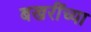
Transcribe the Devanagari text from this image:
बखरींच्या